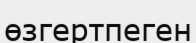
өзгертпеген